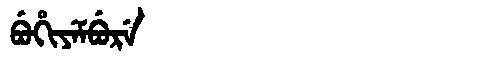
Manchu: ᠪᡠᡥᡳᠶᡝᠮᠪᡠᡵᡝ
Romanization: BUHIYEMBURE